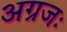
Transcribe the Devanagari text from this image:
अग्रजः